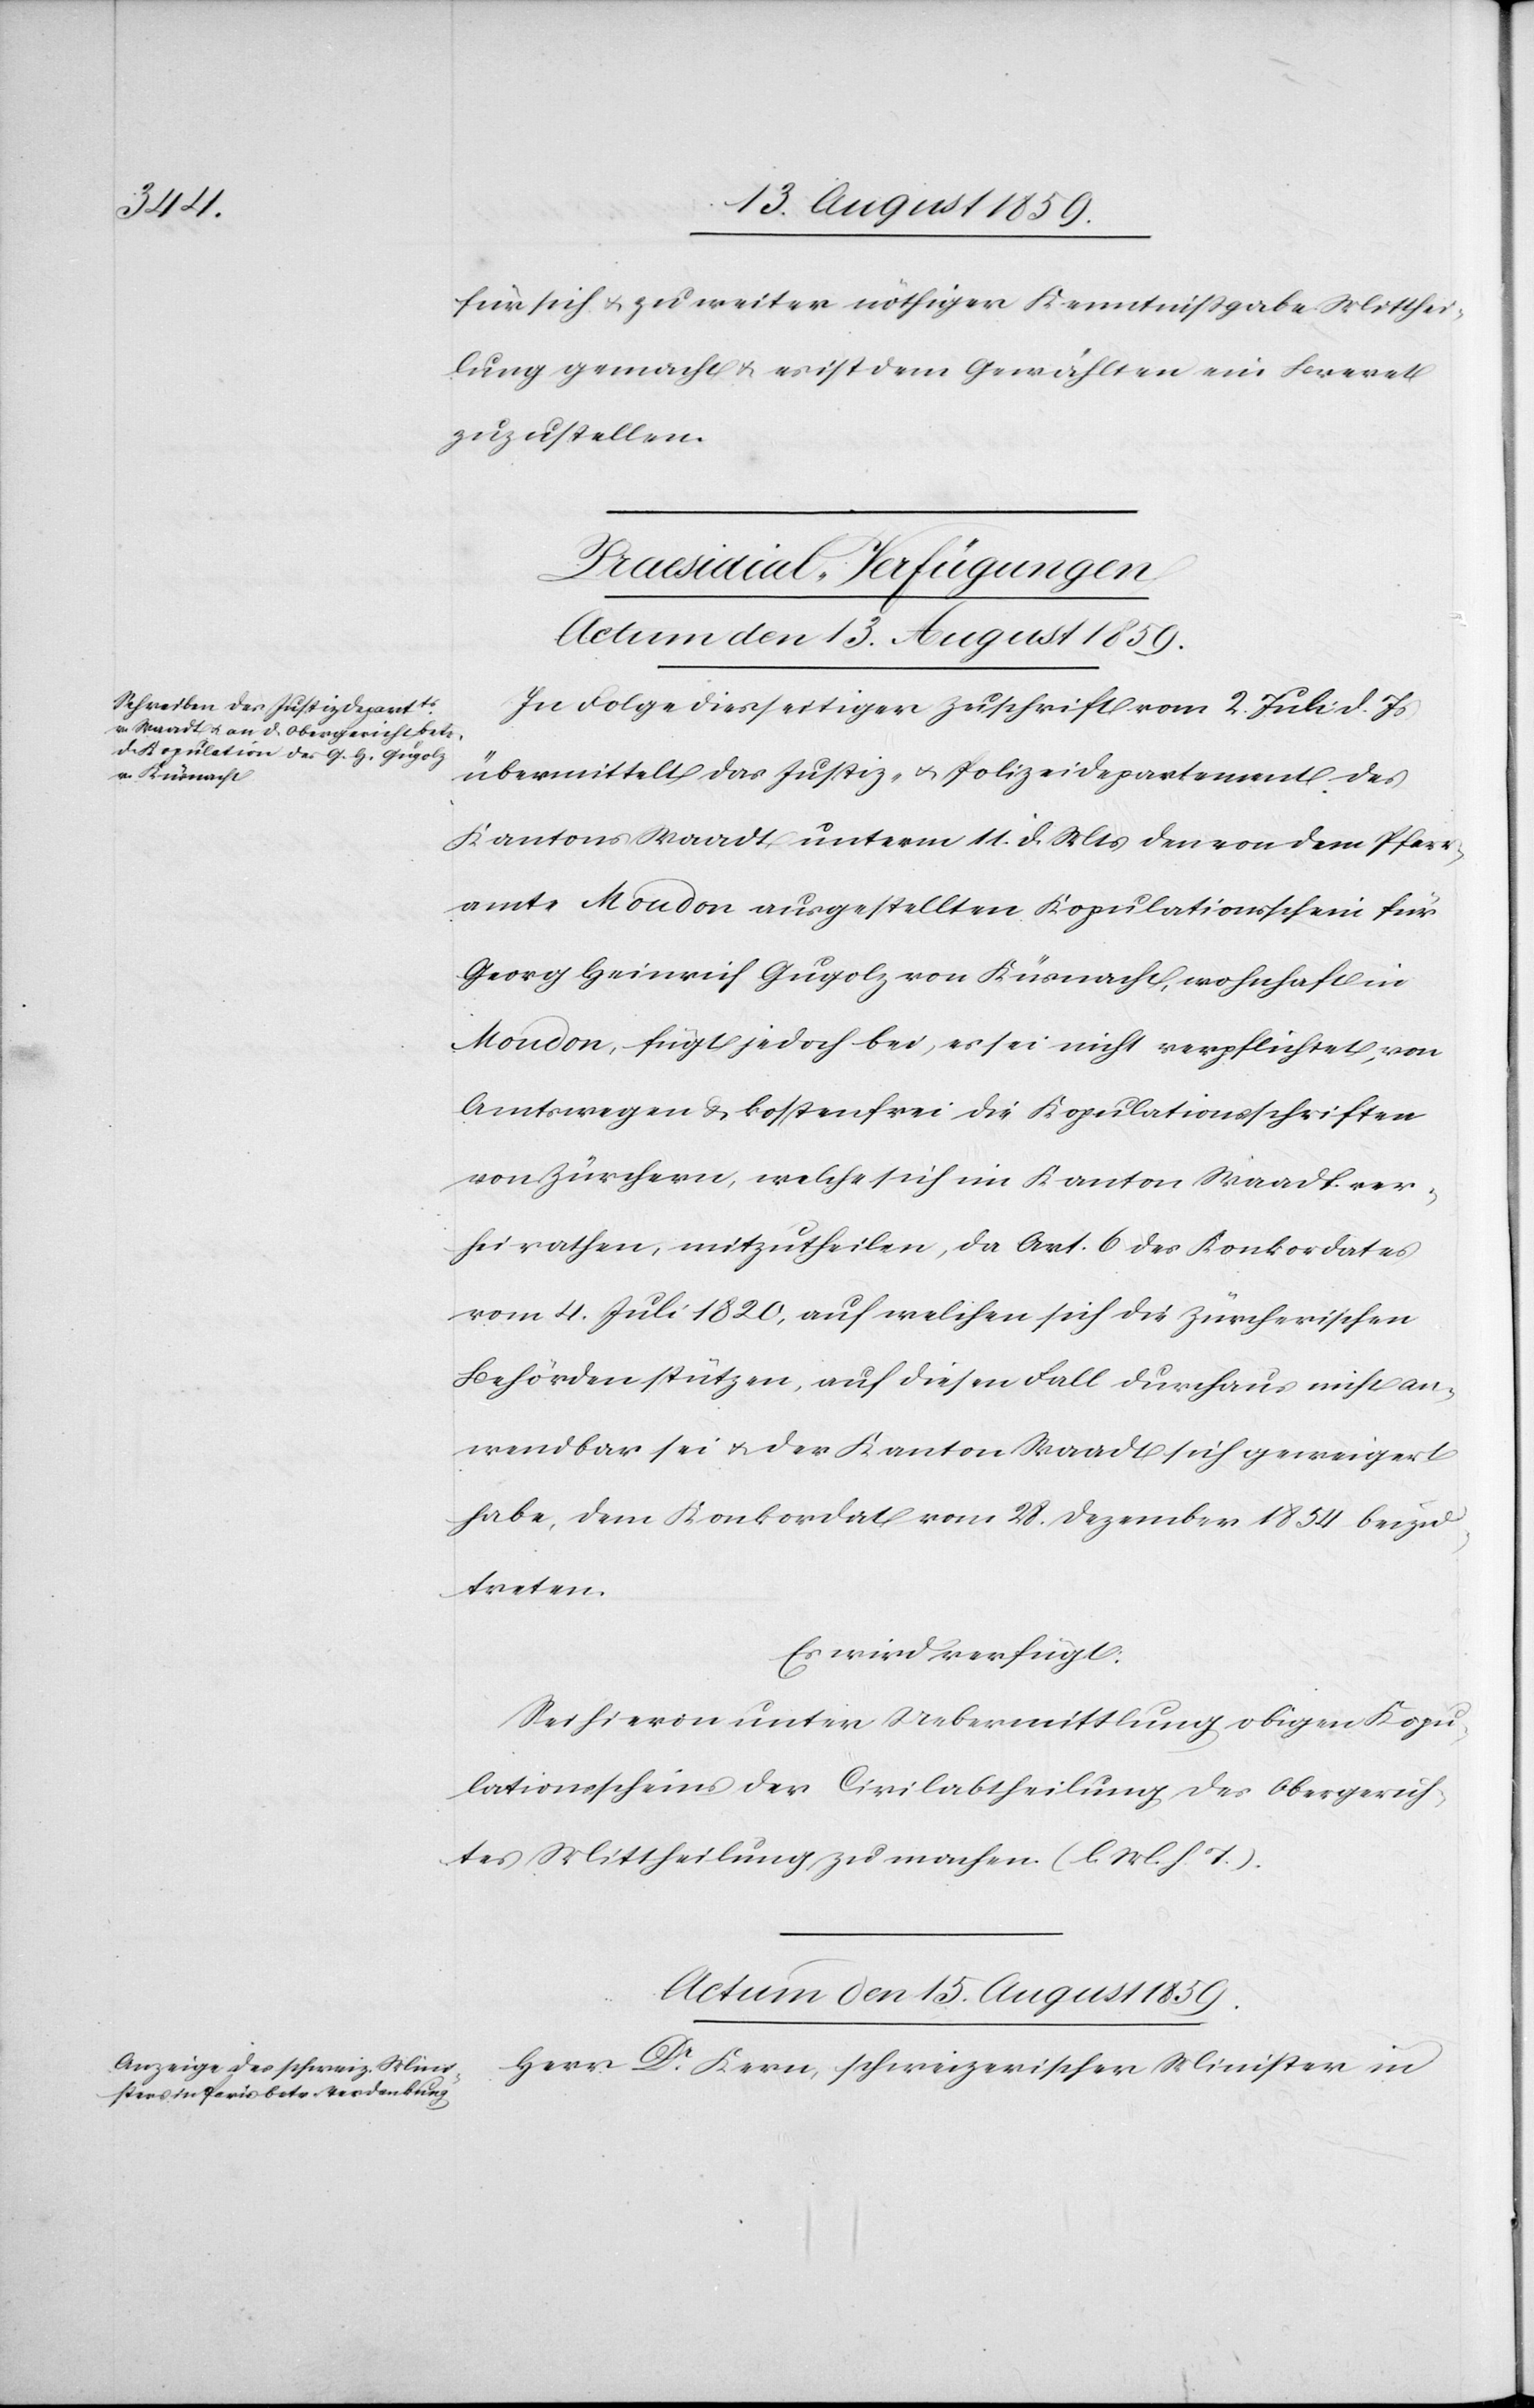
für sich u. zu weiter nöthiger Kenntnißgabe Mitthei¬
lung gemacht u. es ist dem Gewählten ein Brevet
zuzustellen.
[Praesidial-Verfügungen.]
Actum den 15. August 1859.
In Folge diesseitiger Zuschrift vom 2. Juli d. Js.
übermittelt das Justiz- u. Polizeidepartement des
Kantons Waadt unterm 11. d. Mts. den von dem Pfarr¬
amte Moudon ausgestellten Kopulationsschein für
Georg Heinrich Gugolz von Küsnacht, wohnhaft in
Moudon, fügt jedoch bei, es sei nicht verpflichtet, von
Amtswegen u. kostenfrei die Kopulationsschriften
von Zürchern, welche sich im Kanton Waadt ver¬
heirathen, mitzutheilen, da Art. 6 des Konkordates
vom 4. Juli 1820, auf welchen sich die Zürcherischen
Behörden stützen, auf diesen Fall durchaus nicht an¬
wendbar sei u. der Kanton Waadt sich geweigert
habe, dem Konkordat vom 28. Dezember 1854 beizu¬
treten.
Es wird verfügt:
Sei hievon unter Uebermittlung obigen Kopu¬
lationsscheines der Civilabtheilung des Obergerich¬
tes Mittheilung zu machen. (l. M. h. T.)
Herr Dr. Kern, schweizerischer Minister in